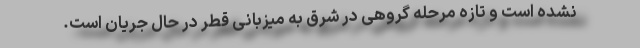
نشده است و تازه مرحله گروهی در شرق به میزبانی قطر در حال جریان است.